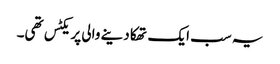
یہ سب ایک تھکا دینے والی پریکٹس تھی۔